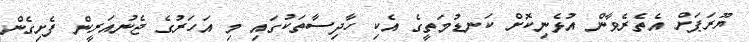
ޔޫރަޕަށް އެތެރެވާން އުޅެނިކޮށް ކަނޑުމަތީގެ އެކި ހާދިސާތަކުގައި މި އަހަރުގެ ޖެނުއަރީން ފެށިގެން